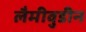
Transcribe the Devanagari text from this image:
लैमीवुडीन